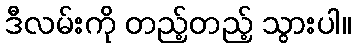
ဒီလမ်းကို တည့်တည့် သွားပါ။